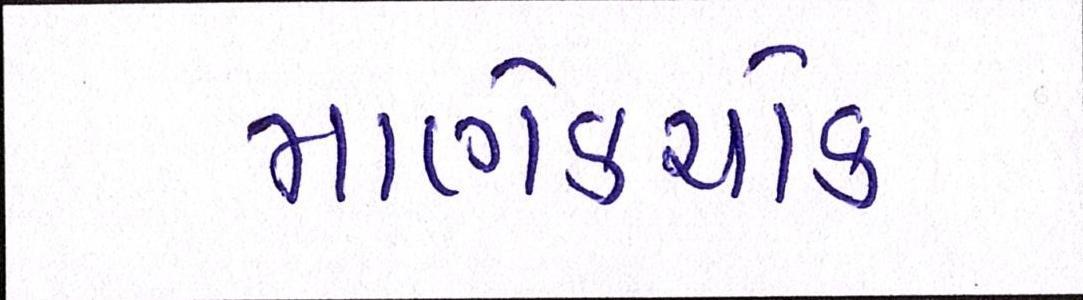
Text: માણેકચોક